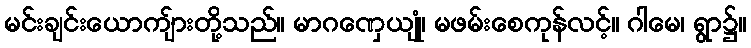
မင်းချင်းယောကျ်ားတို့သည်။ မာဂဏှေယျုံ၊ မဖမ်းစေကုန်လင့်။ ဂါမေ၊ ရွာ၌။